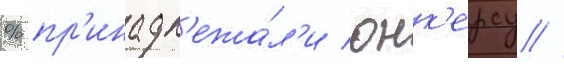
% пр'инадл'ежа́л'и юнк'ерсу //